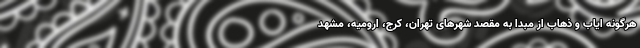
هرگونه ایاب و ذهاب از مبدا به مقصد شهرهای تهران، کرج، ارومیه، مشهد